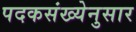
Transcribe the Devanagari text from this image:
पदकसंख्येनुसार